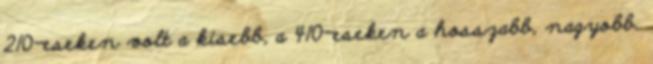
210-eseken volt a kisebb, a 410-eseken a hosszabb, nagyobb.